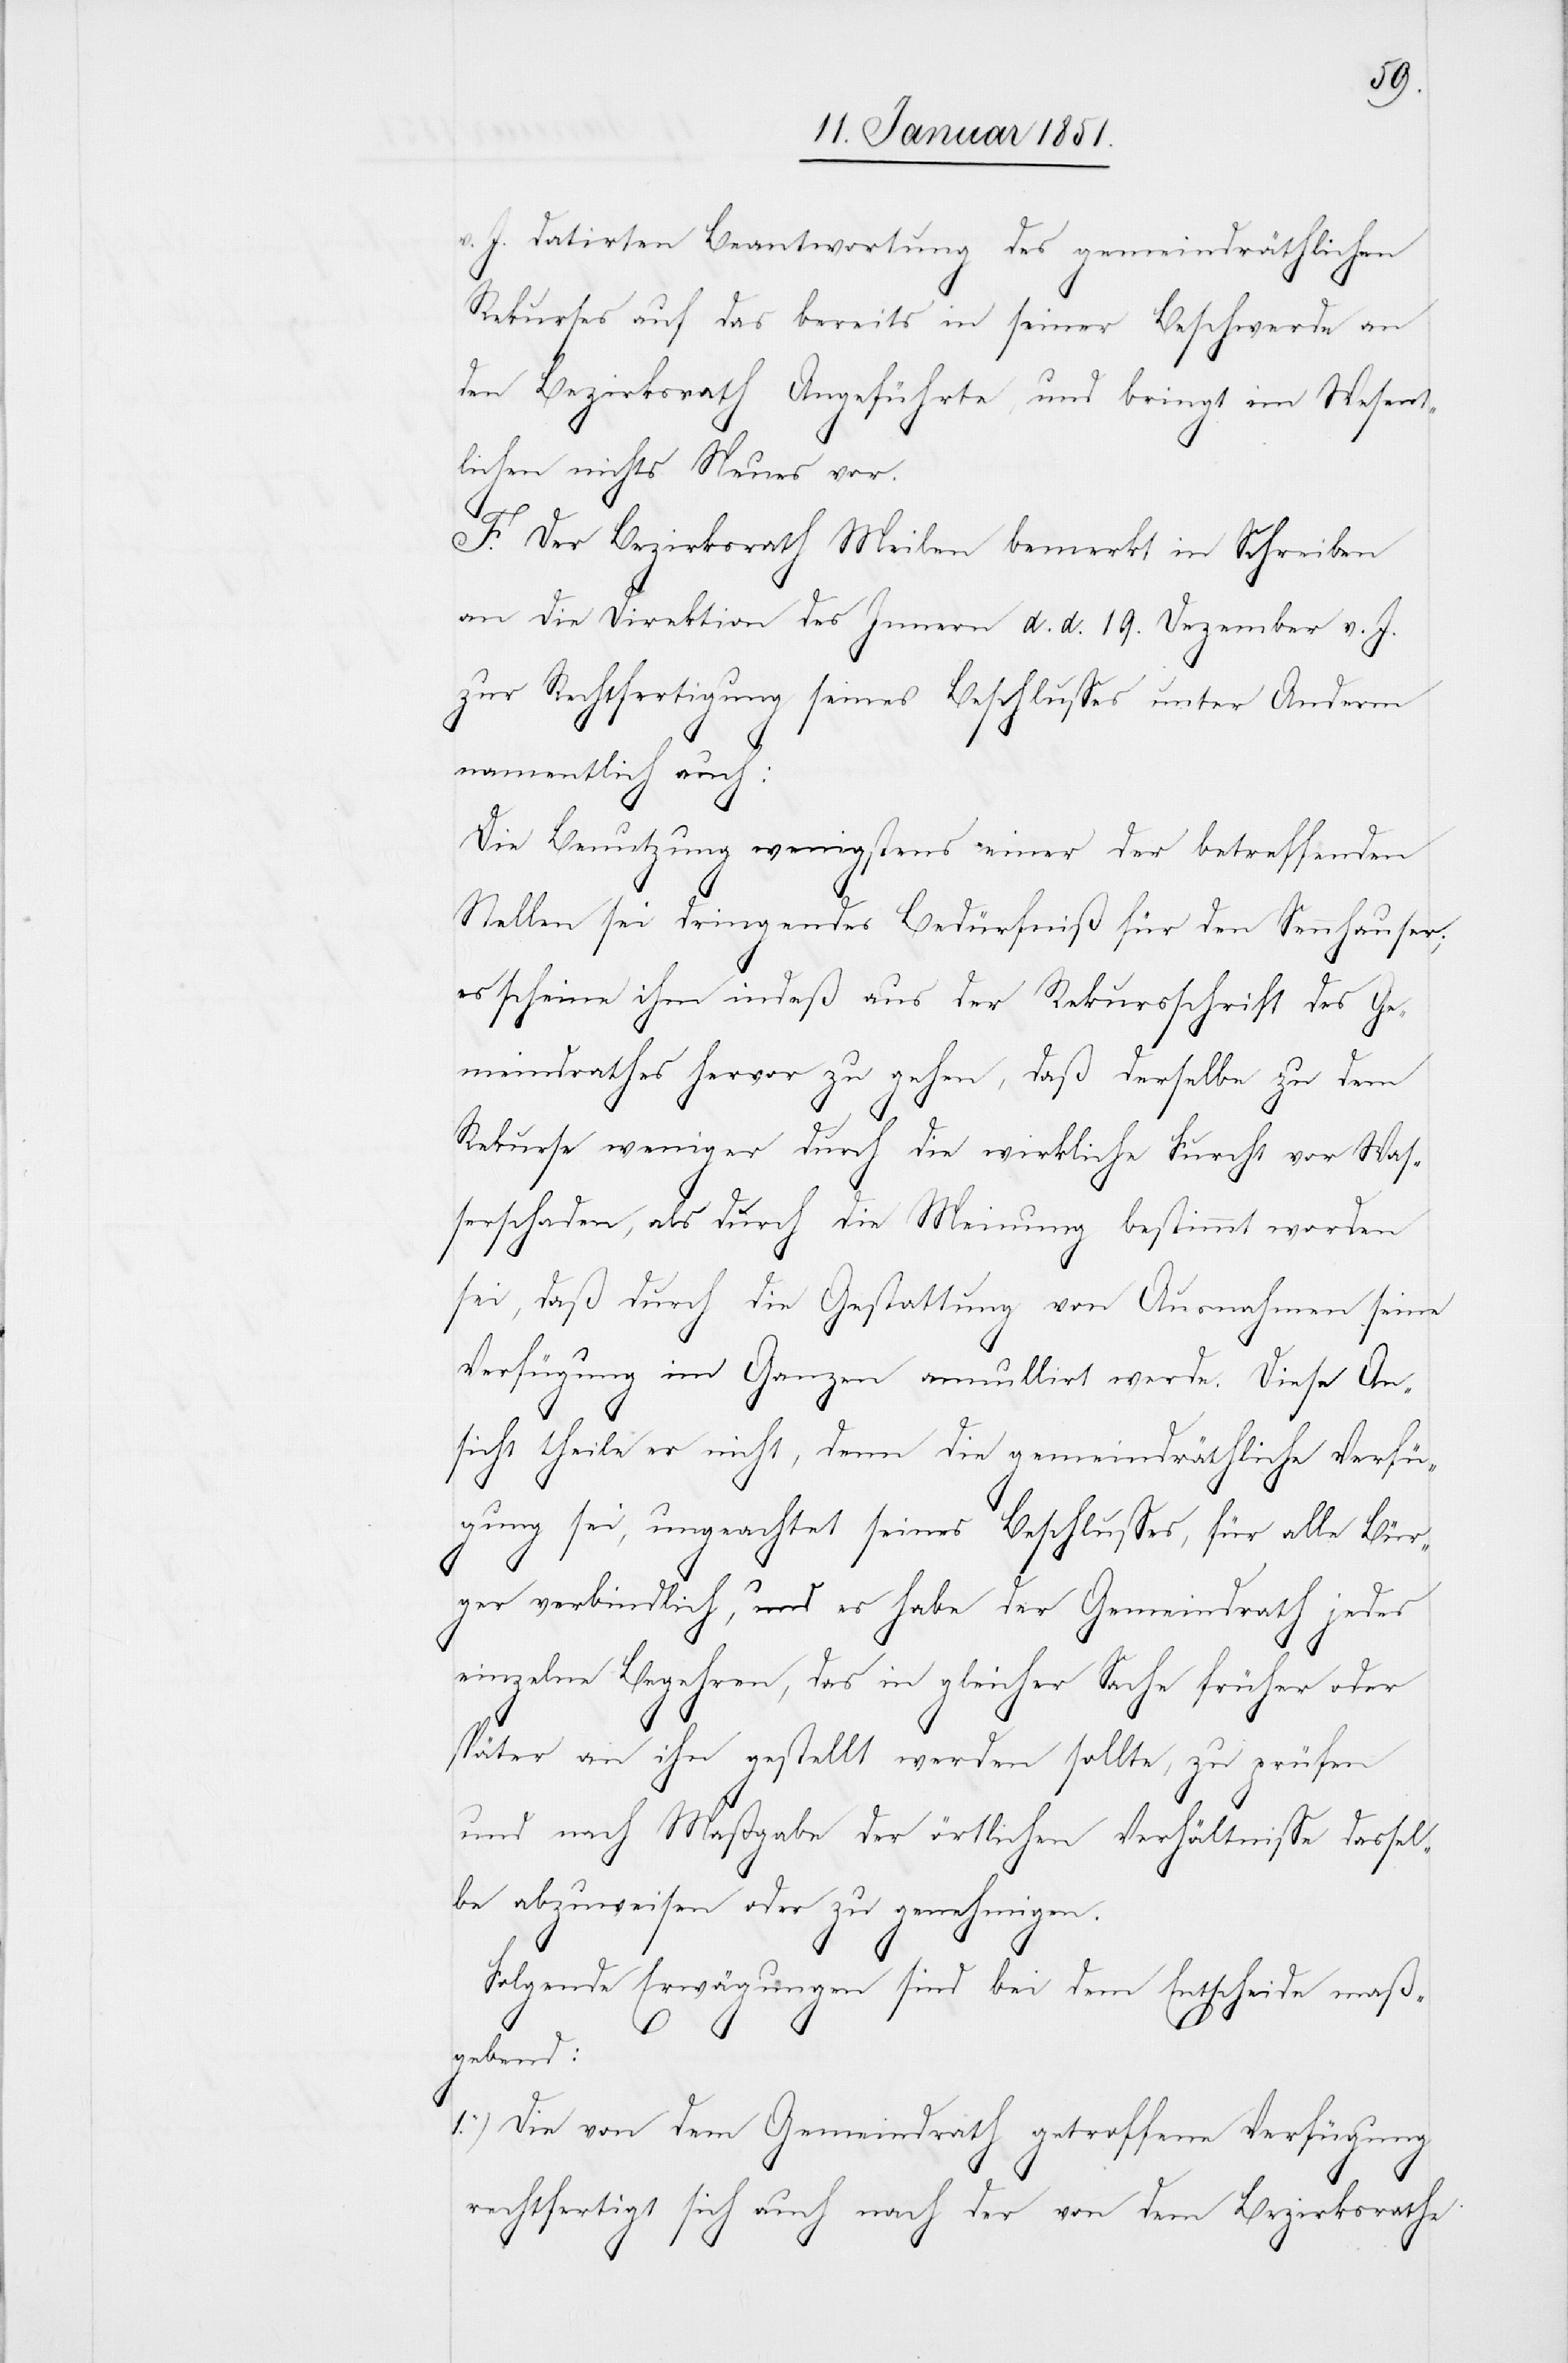
v. J. datirten Beantwortung des gemeindräthlichen
Rekurses auf das bereits in seiner Beschwerde an
den Bezirksrath Angeführte, und bringt im Wesent¬
lichen nichts Neues vor.
F. Der Bezirksrath Meilen bemerkt in Schreiben
Die [sic!] Direktion des Innern d. d. 19. Dezember v. J.
zur Rechtfertigung seines Beschlusses unter Anderm
namentlich auch:
Die Benutzung wenigstens einer der betreffenden
Stellen sei dringendes Bedürfniß für den Sennhauser;
es scheine ihm indeß aus der Rekursschrift des Ge¬
meindrathes hervor zu gehen, daß derselbe zu dem
Rekurse weniger durch die wirkliche Furcht vor Was¬
serschaden, als durch die Meinung bestimmt worden
sei, daß durch die Gestattung von Ausnahmen seine
Verfügung im Ganzen annullirt werde. Diese An¬
sicht theile er nicht, denn die gemeindräthliche Verfü¬
gung sei, ungeachtet seines Beschlusses, für alle Bür¬
ger verbindlich, und es habe der Gemeindrath jedes
einzelne Begehren, das in gleicher Sache früher oder
später an ihn gestellt werden sollte, zu prüfen
und nach Maßgabe der örtlichen Verhältnisse dassel¬
be abzuweisen oder zu genehmigen.
Folgende Erwägungen sind bei dem Entscheide maß¬
gebend:
1.) Die von dem Gemeindrath getroffene Verfügung
rechtfertigt sich auch nach der von dem Bezirksrathe